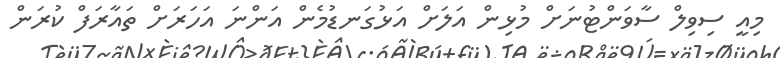
މިއީ ސިވިލް ސާވަންޓުނަށް މުޅިން އަލަށް އަޅުގަނޑުމެން އަންނަ އަހަރަށް ތައާރަފް ކުރަން